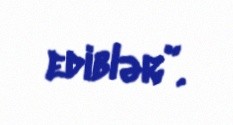
ediblər”.